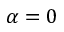
\alpha = 0